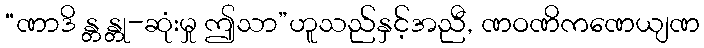
“ဏာဒိ န္တ န္တု-ဆုံးမှု ဤသာ”ဟူသည်နှင့်အညီ, ဏဝဏိကဏေယျဏ